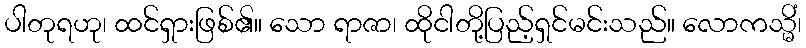
ပါတုရဟု၊ ထင်ရှားဖြစ်၏။ သော ရာဇာ၊ ထိုငါတို့ပြည့်ရှင်မင်းသည်။ လောကသ္မိံ၊